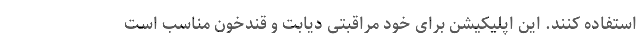
استفاده کنند. این اپلیکیشن برای خود مراقبتی دیابت و قندخون مناسب است